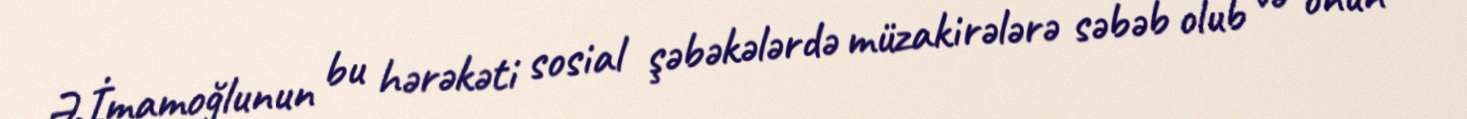
Ə.İmamoğlunun bu hərəkəti sosial şəbəkələrdə müzakirələrə səbəb olub və onun